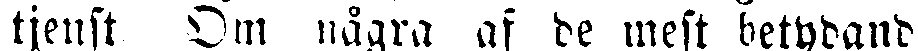
tjenst Om nägra af de mest betydand